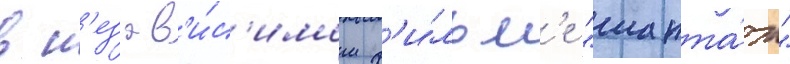
в н'езав'и́с'имом ф'и́льм'е "шанта́ж"